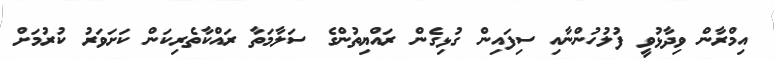
އިމްރާން ވިދާޅުވީ ފުލުހުންނާއި ސިފައިން ގުޅިގެން ރައްޔިތުންްގެ ސަލާމަތާ ރައްކާތެރިކަން ކަށަވަރު ކުރުމަށް